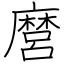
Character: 麿